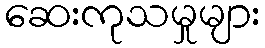
ဆေးကုသမှုများ